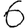
Digit: 6